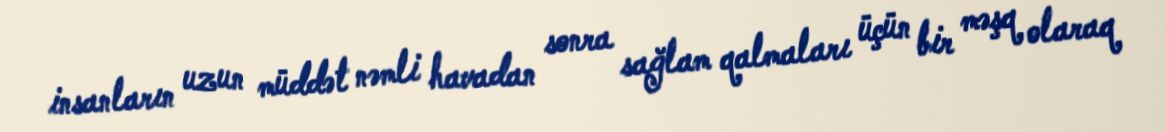
insanların uzun müddət nəmli havadan sonra sağlam qalmaları üçün bir məşq olaraq